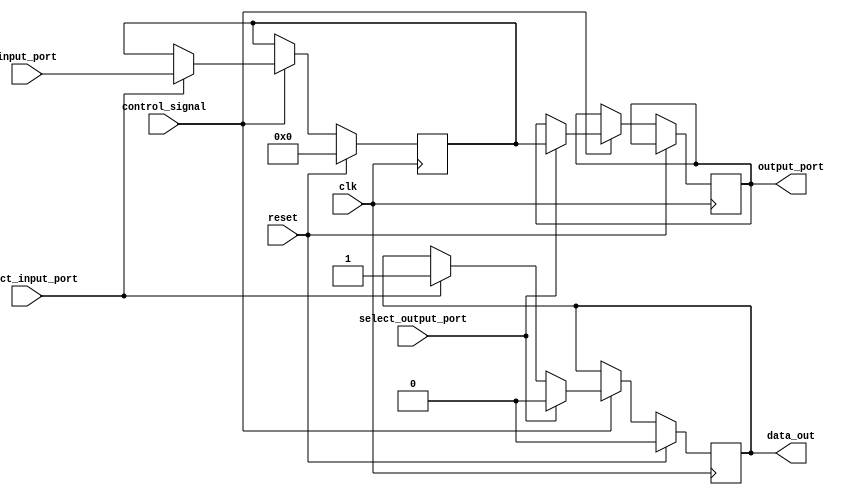
module IO_Blocks_Bus_Switch (
    input wire clk,
    input wire reset,
    input wire control_signal,
    input wire select_input_port,
    input wire select_output_port,
    
    output reg data_out,
    
    // Define the input and output ports
    input wire [7:0] input_port,
    output reg [7:0] output_port 
);

// Define flip-flops to store the currently selected connections
reg [7:0] selected_connection;

always @(posedge clk) begin
    if (reset) begin
        selected_connection <= 8'b00000000;
    end else begin
        if (control_signal) begin
            if (select_input_port) begin
                selected_connection <= input_port;
            end
            if (select_output_port) begin
                output_port <= selected_connection;
            end
        end
    end
end

// Define the data flow logic
always @(posedge clk) begin
    if (reset) begin
        data_out <= 1'b0;
    end else begin
        if (control_signal) begin
            // Data flow logic based on control signals
            if (select_input_port) begin
                data_out <= 1'b1;
            end
            if (select_output_port) begin
                data_out <= 1'b0;
            end
        end
    end
end

endmodule